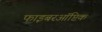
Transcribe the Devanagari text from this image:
फाइबरऑप्टिक